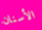
الأسنان